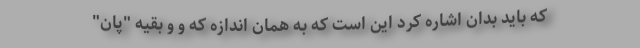
که باید بدان اشاره کرد این است که به همان اندازه که و و بقیه "پان"